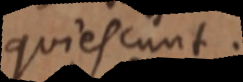
quiescunt.